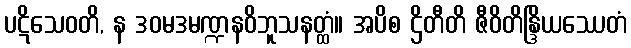
ပဋိသေဝတိ, န ဒဝမဒမဏ္ဍနဝိဘူသနတ္ထံ။ အပိစ ဌိတီတိ ဇီဝိတိန္ဒြိယဿေတံ